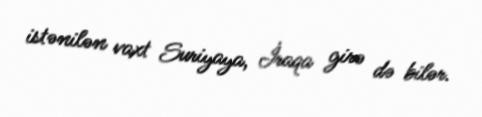
istənilən vaxt Suriyaya, İraqa girə də bilər.